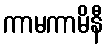
ကာမကာမိနီ